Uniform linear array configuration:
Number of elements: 64
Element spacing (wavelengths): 0.75
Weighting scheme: blackman
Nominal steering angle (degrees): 30
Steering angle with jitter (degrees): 30.124
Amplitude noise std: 0.05
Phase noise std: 0.05

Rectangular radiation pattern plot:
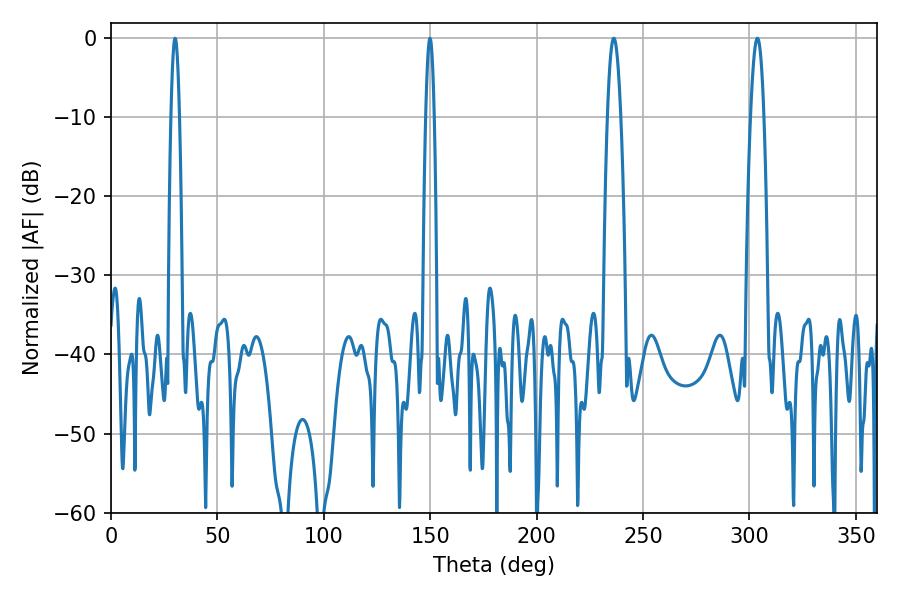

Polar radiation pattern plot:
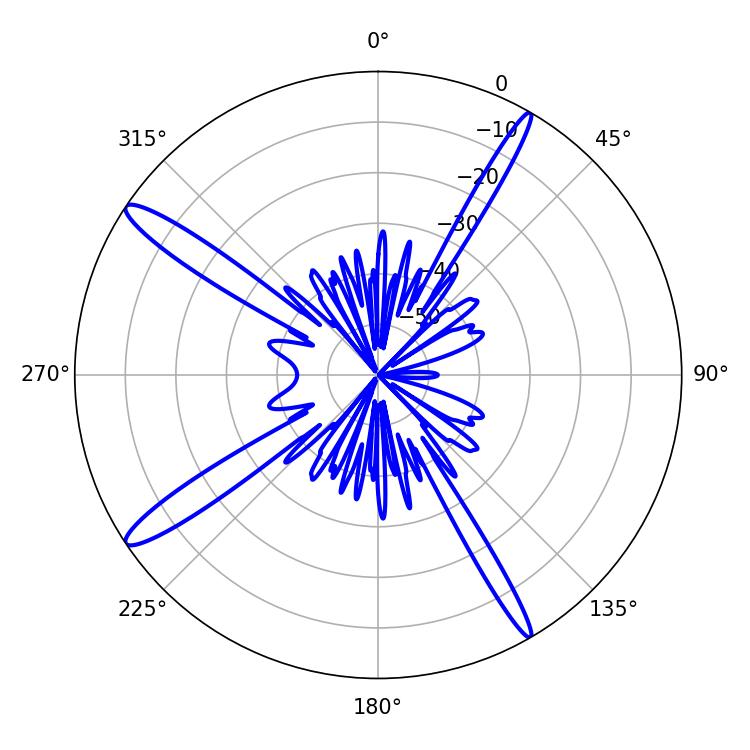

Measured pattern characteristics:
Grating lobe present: TRUE
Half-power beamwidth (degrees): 3.42
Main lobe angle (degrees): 303.66